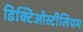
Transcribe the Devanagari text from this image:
डिक्टिओस्टीलियम